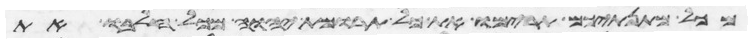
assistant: מכל מתנתיכם תרימו את כל תרומת יהוה מכל חלבו את